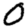
Digit: 0